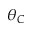
\theta _ { C }